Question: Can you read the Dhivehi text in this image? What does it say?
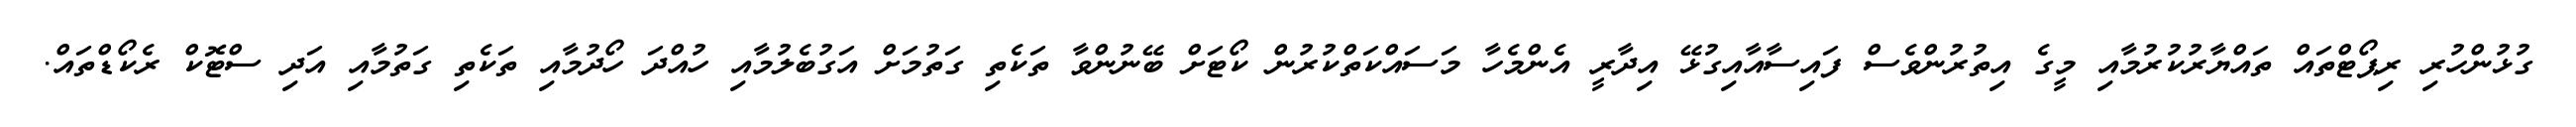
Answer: ގުޅުންހުރި ރިޕޯޓްތައް ތައްޔާރުކުރުމާއި މީގެ އިތުރުންވެސް ފައިސާއާއިގުޅޭ އިދާރީ އެންމެހާ މަސައްކަތްކުރުން ކޯޓަށް ބޭނުންވާ ތަކެތި ގަތުމަށް އަގުބެލުމާއި ހުއްދަ ހޯދުމާއި ތަކެތި ގަތުމާއި އަދި ސްޓޮކް ރެކޯޑްތައް.